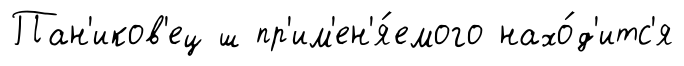
Пан'иков'ец ш пр'им'ен'я́емого нахо́д'итс'я